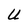
Character: U